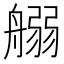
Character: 𦩸